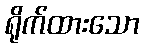
ရိုက်ထားသော